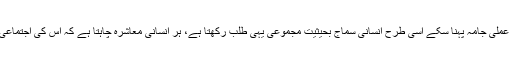
جیسے ہر انسان کی انفرادی خواہش ہے کہ وہ آزادی سے اپنے ارادے کو عملی جامہ پہنا سکے اسی طرح انسانی سماج بحیثیت مجموعی یہی طلب رکھتا ہے، ہر انسانی معاشرہ چاہتا ہے کہ اس کی اجتماعی زندگی اس کی اجتماعی تمناؤں کے راستے میں چلے، پھلے اور پھولے۔